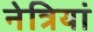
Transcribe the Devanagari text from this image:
नेत्रियां